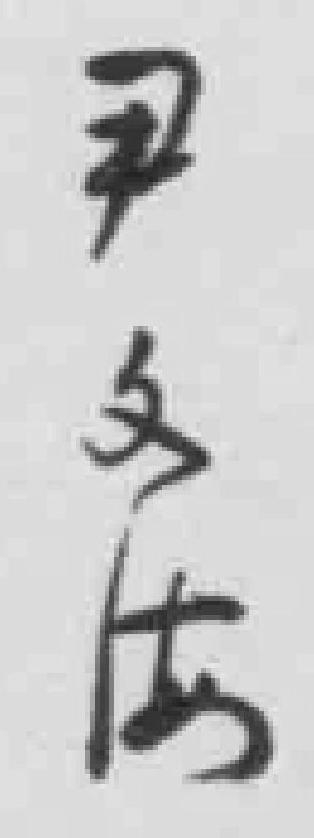
尹文海